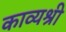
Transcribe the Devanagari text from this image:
काव्यश्री